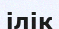
ілік